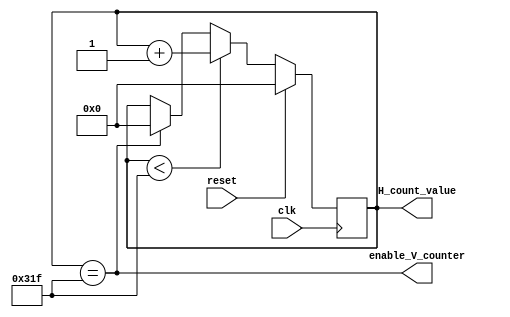
`timescale 1ns / 1ps

module horizontal_counter #(parameter BACKPORCH_Hend = 799)
    (
    input clk,
    input reset,
    output enable_V_counter,
    output reg [15:0] H_count_value
    );
    //initialize counters to 0 with reset
    assign enable_V_counter = (H_count_value == BACKPORCH_Hend);
   
    always @ (posedge clk)
    begin
        if(reset == 1)
        begin
            H_count_value <= 0;
        end
        else
        begin
            if(H_count_value < BACKPORCH_Hend)
            begin
                H_count_value <= H_count_value + 1; //counting up
            end
            else if(H_count_value == BACKPORCH_Hend)
            begin
                H_count_value <= 0; // reached end of screen so restart count
            end
        end
    end
    
    
endmodule